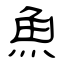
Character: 魚